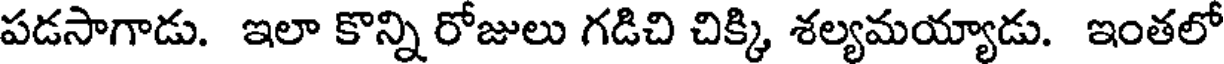
పడసాగాడు. ఇలా కొన్ని రోజులు గడిచి చిక్కి శల్యమయ్యాడు. ఇంతలో